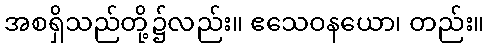
အစရှိသည်တို့၌လည်း။ ဧသေဝနယော၊ တည်း။